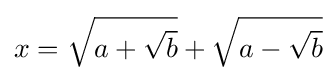
x={\sqrt {a+{\sqrt {b}}}}+{\sqrt {a-{\sqrt {b}}}}